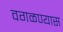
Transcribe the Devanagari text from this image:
वगळण्यास